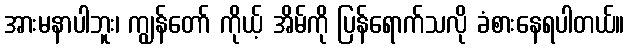
အားမနာပါဘူး၊ ကျွန်တော် ကိုယ့် အိမ်ကို ပြန်ရောက်သလို ခံစားနေရပါတယ်။